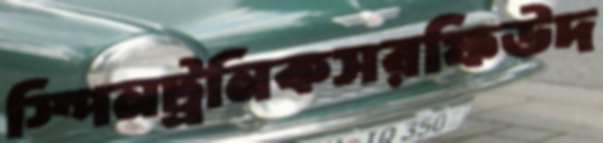
স্পিনট্রনিকসরফিউদ